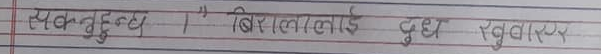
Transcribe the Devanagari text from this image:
त्युक्तहुन्थ्यो ।" बिरालाइ दूध खुवाएर।